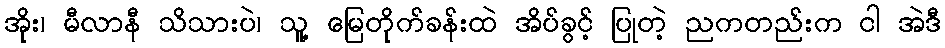
အိုး၊ မီလာနီ သိသားပဲ၊ သူ့ မြေတိုက်ခန်းထဲ အိပ်ခွင့် ပြုတဲ့ ညကတည်းက ငါ အဲဒီ